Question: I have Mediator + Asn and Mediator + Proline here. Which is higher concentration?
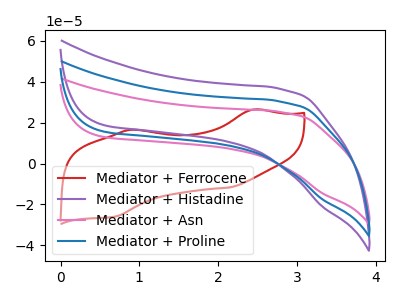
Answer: <think>The red curve "Mediator + Ferrocene" has anodic peaks at (2.45V, 26.40uA) (0.90V, 16.50uA) and cathodic peaks at (2.15V, -11.75uA) (0.70V, -25.90uA). The purple curve "Mediator + Histadine" has no peaks. The pink curve "Mediator + Asn" has no peaks. The blue curve "Mediator + Proline" has no peaks.
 Neither "Mediator + Asn" or "Mediator + Proline" have any peaks.</think>
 <answer>I cant tell if "Mediator + Asn" or "Mediator + Proline" has higher concentration.</answer>
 <eval>mixed_concentration</eval>